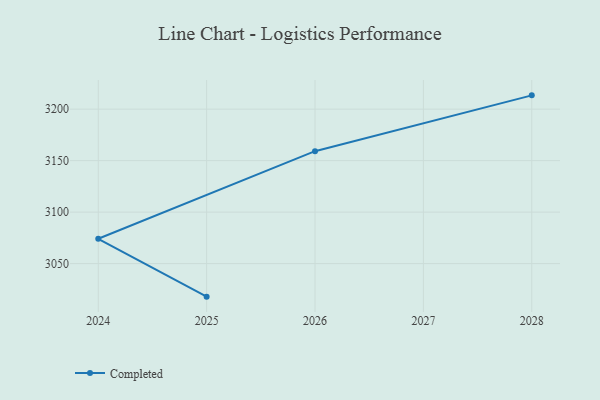
{"axis": {"x": "Year", "y": "Active Users"}, "legend": ["Completed"], "data": [{"x": "2028", "y": 3213.4, "type": "Completed"}, {"x": "2026", "y": 3159.2, "type": "Completed"}, {"x": "2024", "y": 3074.1, "type": "Completed"}, {"x": "2025", "y": 3017.9, "type": "Completed"}]}